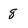
Character: 8